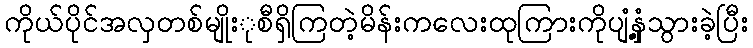
ကိုယ်ပိုင်အလှတစ်မျိုးုစီရှိကြတဲ့မိန်းကလေးထုကြားကိုပျံ့နှံ့သွားခဲ့ပြီး